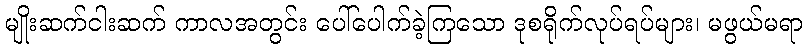
မျိုးဆက်ငါးဆက် ကာလအတွင်း ပေါ်ပေါက်ခဲ့ကြသော ဒုစရိုက်လုပ်ရပ်များ၊ မဖွယ်မရာ